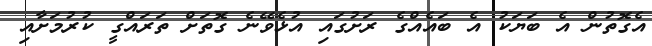
އެގޮތުން އެ ބަޔަކު އެ ބައެއްގެ ރަށުގައި އުޅެވޭނެ ގޮތަށް ތަރައްގީ ކުރުމަށާއި